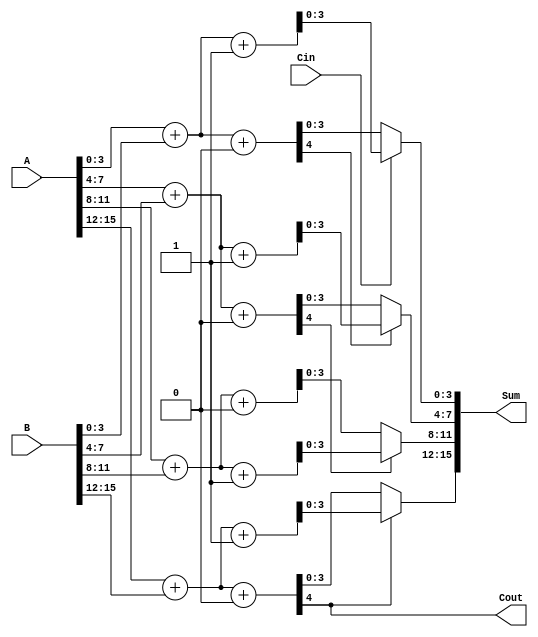
module CarrySelectAdder (
    input [15:0] A,      // 16-bit input A
    input [15:0] B,      // 16-bit input B
    input Cin,           // Carry input
    output [15:0] Sum,   // 16-bit sum output
    output Cout          // Carry output
);
    wire [3:0] Sum0, Sum1, Sum2, Sum3; // Sum outputs for each segment
    wire C1, C2, C3;                   // Carry outputs for each segment
    wire [3:0] CarrySelect;            // Carry select signals

    // First segment (A[3:0], B[3:0])
    assign {C1, Sum0} = A[3:0] + B[3:0] + 1'b0; // Sum assuming carry-in = 0
    assign {C1, Sum1} = A[3:0] + B[3:0] + 1'b1; // Sum assuming carry-in = 1

    // Second segment (A[7:4], B[7:4])
    assign {C2, Sum2} = A[7:4] + B[7:4] + 1'b0; // Sum assuming carry-in = 0
    assign {C2, Sum3} = A[7:4] + B[7:4] + 1'b1; // Sum assuming carry-in = 1

    // Third segment (A[11:8], B[11:8])
    wire [3:0] Sum4, Sum5;
    assign {C3, Sum4} = A[11:8] + B[11:8] + 1'b0; // Sum assuming carry-in = 0
    assign {C3, Sum5} = A[11:8] + B[11:8] + 1'b1; // Sum assuming carry-in = 1

    // Fourth segment (A[15:12], B[15:12])
    wire [3:0] Sum6, Sum7;
    assign {Cout, Sum6} = A[15:12] + B[15:12] + 1'b0; // Sum assuming carry-in = 0
    assign {Cout, Sum7} = A[15:12] + B[15:12] + 1'b1; // Sum assuming carry-in = 1

    // Carry select logic
    assign CarrySelect[0] = Cin; // Carry input for the first segment
    assign Sum[3:0] = CarrySelect[0] ? Sum1 : Sum0; // Select sum for first segment
    assign CarrySelect[1] = CarrySelect[0] ? C1 : C1; // Carry for second segment
    assign Sum[7:4] = CarrySelect[1] ? Sum3 : Sum2; // Select sum for second segment
    assign CarrySelect[2] = CarrySelect[1] ? C2 : C2; // Carry for third segment
    assign Sum[11:8] = CarrySelect[2] ? Sum5 : Sum4; // Select sum for third segment
    assign CarrySelect[3] = CarrySelect[2] ? Cout : Cout; // Carry for fourth segment
    assign Sum[15:12] = CarrySelect[3] ? Sum7 : Sum6; // Select sum for fourth segment

endmodule